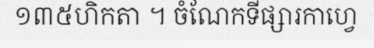
១៣៥ហិកតា ។ ចំណែកទីផ្សារកាហ្វេ